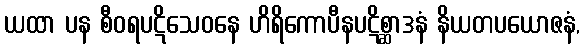
ယထာ ပန စီဝရပဋိသေဝနေ ဟိရိကောပီနပဋိစ္ဆာဒနံ နိယတပယောဇနံ,